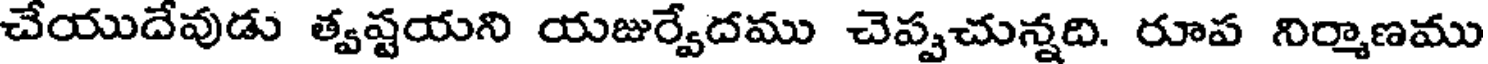
చేయుదేవుడు త్వష్టయని యజుర్వేదము చెప్పచున్నది. రూప నిర్మాణము